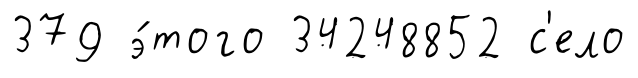
379 э́того 34248852 с'ело